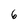
Character: 6